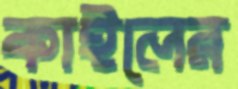
কাইলের